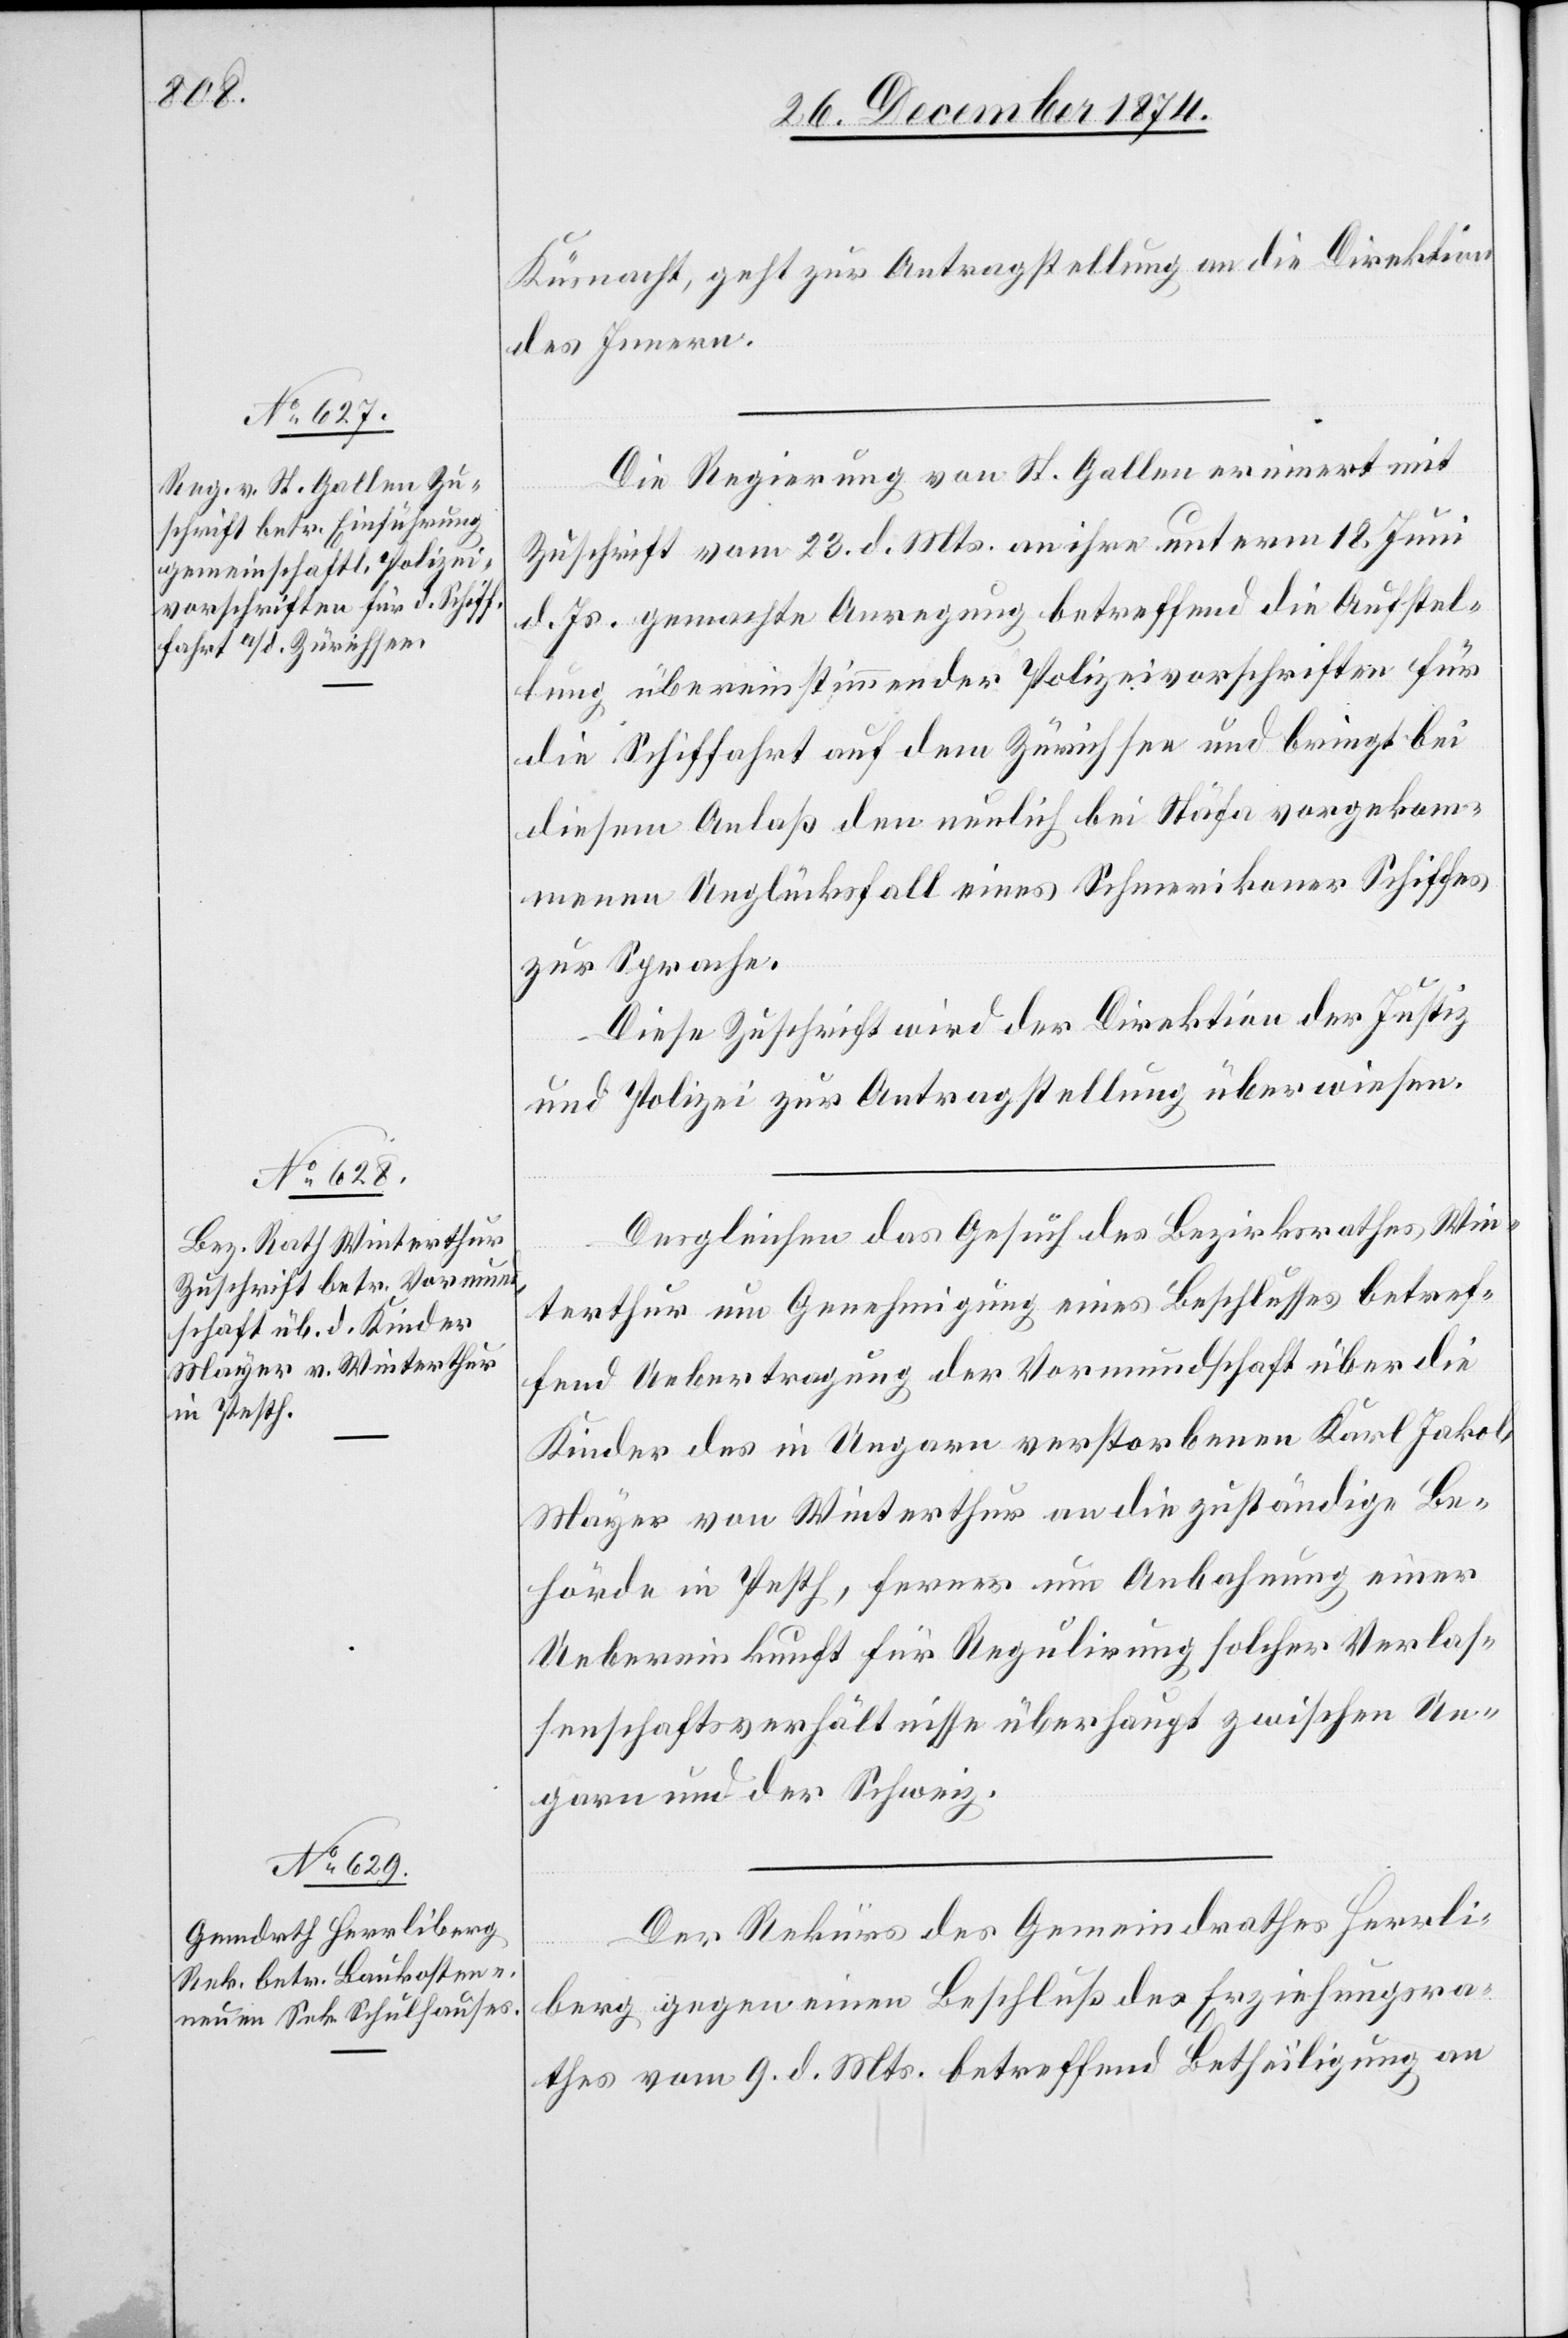
29. December 1874.]
Küsnacht, geht zur Antragstellung an die Direktion
des Innern.
Die Regierung von St. Gallen erinnert mit
Zuschrift vom 23. d. Mts. an ihre unterm 18. Juni
d. Js. gemachte Anregung betreffend die Aufstel¬
lung übereinstimmender Polizeivorschriften für
die Schiffahrt auf dem Zürichsee und bringt bei
diesem Anlaß den neulich bei Stäfa vorgekom¬
menen Unglücksfall eines Schmerikoner Schiffes
zur Sprache.
Diese Zuschrift wird der Direktion der Justiz
und Polizei zur Antragstellung überwiesen.
Desgleichen das Gesuch des Bezirksrathes Win¬
terthur um Genehmigung eines Beschlusses betref¬
fend Uebertragung der Vormundschaft über die
Kinder des in Ungarn verstorbenen Karl Jakob
Mayer von Winterthur an die zuständige Be¬
hörde in Pesth, ferner um Anbahnung einer
Uebereinkunft für Regulirung solcher Verlas¬
senschaftsverhältnisse überhaupt zwischen Un¬
garn und der Schweiz.
Der Rekurs des Gemeindrathes Herrli¬
berg gegen einen Beschluß des Erziehungsra¬
thes vom 9. d. Mts. betreffend Betheiligung an